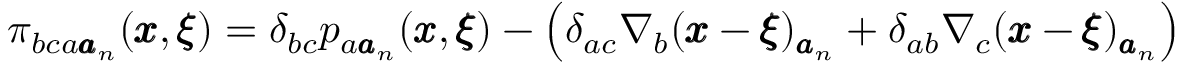
\pi _ { b c a { \pmb a } _ { n } } ( { \pmb x } , { \pmb \xi } ) = \delta _ { b c } p _ { a { \pmb a } _ { n } } ( { \pmb x } , { \pmb \xi } ) - \left( \delta _ { a c } \nabla _ { b } ( { \pmb x } - { \pmb \xi } ) _ { { \pmb a } _ { n } } + \delta _ { a b } \nabla _ { c } ( { \pmb x } - { \pmb \xi } ) _ { { \pmb a } _ { n } } \right)